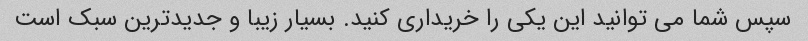
سپس شما می توانید این یکی را خریداری کنید. بسیار زیبا و جدیدترین سبک است